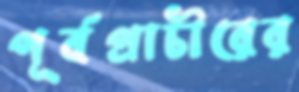
পূর্বপ্রাচীরের